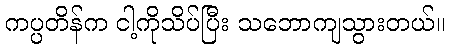
ကပ္ပတိန်က ငါ့ကိုသိပ်ပြီး သဘောကျသွားတယ်။